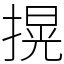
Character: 㨪